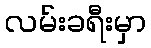
လမ်းခရီးမှာ